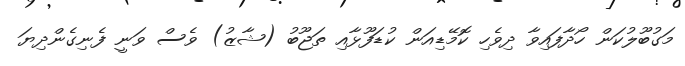
މަގުބޫލުކަން ހޯދާފައިވާ ދިވެހި ކޮމޭޑިއަން ކުޑަފޫޅާއި ތަޖޫބު (ޝާޒު) ވެސް ވަނީ ފެނިގެންދިޔަ